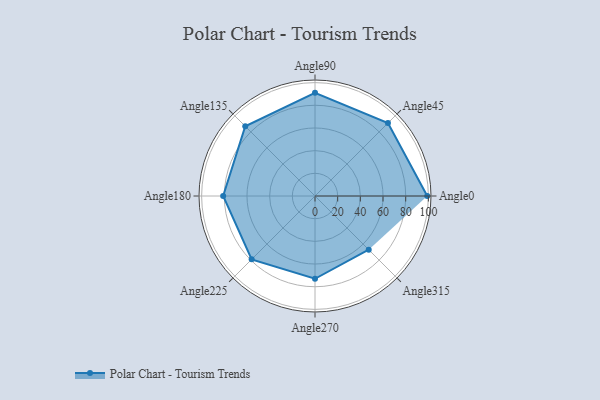
{"axis": {"x": "Angle", "y": "Radius"}, "legend": [""], "data": [{"x": "Angle0", "y": 99.0, "type": ""}, {"x": "Angle45", "y": 91.0, "type": ""}, {"x": "Angle90", "y": 91.0, "type": ""}, {"x": "Angle135", "y": 87.0, "type": ""}, {"x": "Angle180", "y": 81.0, "type": ""}, {"x": "Angle225", "y": 79.0, "type": ""}, {"x": "Angle270", "y": 73.0, "type": ""}, {"x": "Angle315", "y": 67.0, "type": ""}]}